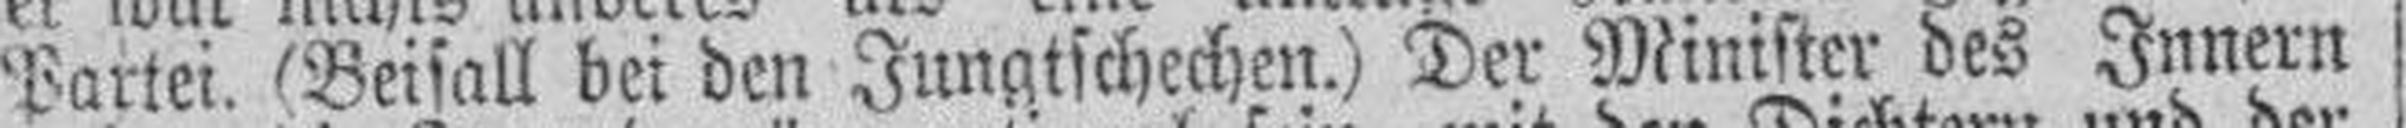
Partei. (Beifall bei den Jungtschechen.) Der Minister des Innern